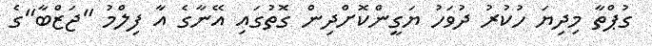
ގުޕްތާ މިދިޔަ ހުކުރު ދުވަހު ޔަގީންކޮށްދިން ގޮތުގައި އޭނާގެ އާ ފިލްމު "ޖަޒްބާ"ގެ